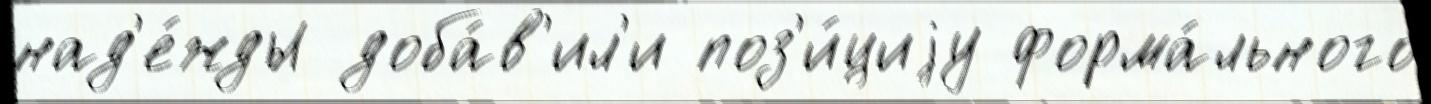
над'е́жды доба́в'ил'и поз'и́циjу форма́льного